Report of the Indian Hemp Drugs Commission, 1894-1895 - Volume III
Year: 1894
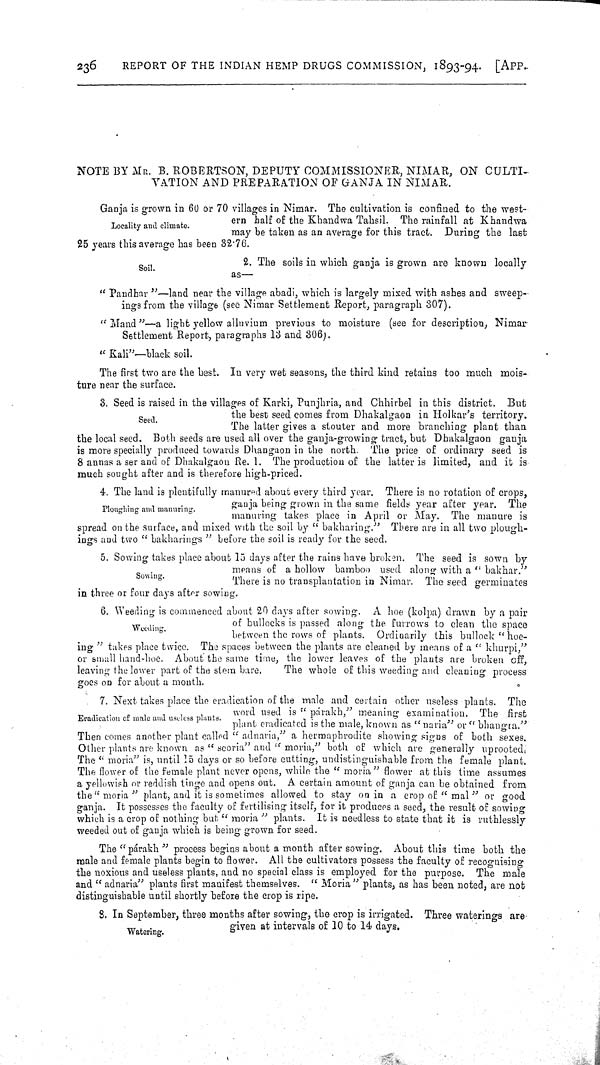
236
REPORT OF THE INDIAN HEMP DRUGS COMMISSION, 1893-94.
[APP.
NOTE BY MR. B. ROBERTSON, DEPUTY COMMISSIONER, NIMAR, ON CULTI-
VATION AND PREPARATION OF GANJA IN NIMAR.
Locality and climate.
Ganja is grown in 60 or 70 villages in Nimar. The cultivation is confined to the west-
ern half of the Khandwa Tahsil. The rainfall at Khandwa
may be taken as an average for this tract. During the last
25 years this average has been 32.76.
Soil.
2. The soils in which ganja is grown are known locally
as—
" Pandhar "—land near the village abadi, which is largely mixed with ashes and sweep-
ings from the village (see Nimar Settlement Report, paragraph 307).
" Mand "—a light yellow alluvium previous to moisture (see for description, Nimar
Settlement Report, paragraphs 13 and 306).
" Kali"—black soil.
The first two are the best. In very wet seasons, the third kind retains too much mois-
ture near the surface.
Seed.
3. Seed is raised in the villages of Karki, Punjhria, and Chhirbel in this district. But
the best seed comes from Dhakalgaon in Holkar's territory.
The latter gives a stouter and more branching plant than
the local seed. Both seeds are used all over the ganja-growing tract, but Dhakalgaon ganja
is more specially produced towards Dhangaon in the north. The price of ordinary seed is
8 annas a ser and of Dhakalgaon Re. 1. The production of the latter is limited, and it is
much sought after and is therefore high-priced.
Ploughing and manuring.
4. The land is plentifully manured about every third year. There is no rotation of crops,
ganja being grown in the same fields year after year. The
manuring takes place in April or May. The manure is
spread on the surface, and mixed with the soil by " bakharing." There are in all two plough-
ings and two " bakharings " before the soil is ready for the seed.
Sowing.
5. Sow ing takes place about 15 days after the rains have broken. The seed is sown by
means of a hollow bamboo used along with a " bakhar."
There is no transplantation in Nimar. The seed germinates
in three or four days after sowing.
Weeding.
6. Weeding is commenced about 20 days after sowing. A hoe (kolpa) drawn by a pair
of bullocks is passed along the furrows to clean the space
between the rows of plants. Ordinarily this bullock " hoe-
ing " takes place twice. The spaces between the plants are cleaned by means of a " khurpi,"
or small hand-hoe. About the same time, the lower leaves of the plants are broken off,
leaving the lower part of the stem bare.
The whole of this weeding and cleaning process
goes on for about a month.
Eradication of male and useless plants.
7. Next takes place the eradication of the male and certain other useless plants. The
word used is "parakh," meaning examination. The first
plant eradicated is the male, known as " naria" or "bhangra."
Then comes another plant called "adnaria," a hermaphrodite showing signs of both sexes.
Other plants are known as "seoria" and "moria,"
both of which are generally uprooted.
The " moria" is, until 15 days or so before cutting, undistinguishable from the female plant.
The flower of the female plant never opens, while the "moria" flower at this time assumes
a yellowish or reddish tinge and opens out. A certain amount of ganja can be obtained from
the "moria" plant, and it is sometimes allowed to stay on in a crop of "mal" or good
ganja. It possesses the faculty of fertilising itself, for it produces a seed, the result of sowing
which is a crop of nothing but " moria " plants. It is needless to state that it is ruthlessly
weeded out of ganja which is being grown for seed.
The "párakh" process begins about a month after sowing. About this time both the
male and female plants begin to flower. All the cultivators possess the faculty of recognising
the noxious and useless plants, and no special class is employed for the purpose. The male
and " adnaria" plants first manifest themselves. " Moria " plants, as has been noted, are not
distinguishable until shortly before the crop is ripe.
Watering.
8. In September, three months after sowing, the crop is irrigated. Three waterings are
given at intervals of 10 to 14 days.